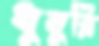
ধুনুরি